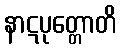
နာဋပုတ္တောတိ